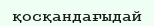
қосқандағыдай